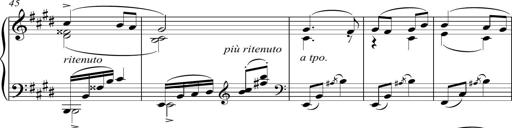
Title: Sonatina del HuÃ©car
Composer: JosÃ© Miguel Moreno Sabio